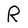
Character: R